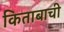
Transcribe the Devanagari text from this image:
किताबाची